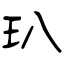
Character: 玐